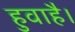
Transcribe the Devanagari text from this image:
हुवाहै।